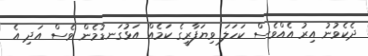
ދެކެވުނު އިރު އެއްވެސް ކަހަލަ ވިޔަފާރީގެ ކަމެއް އަޅުގަނޑުމެން ވެސް އަދި އެ